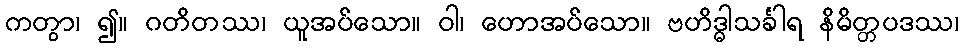
ကတွာ၊ ၍။ ဂတိတဿ၊ ယူအပ်သော။ ဝါ၊ ဟောအပ်သော။ ဗဟိဒ္ဓါသင်္ခါရ နိမိတ္တပဒဿ၊